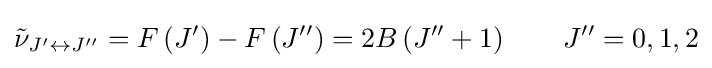
{\tilde {\nu }}_{J^{\prime }\leftrightarrow J^{\prime \prime }}=F\left(J^{\prime }\right)-F\left(J^{\prime \prime }\right)=2B\left(J^{\prime \prime }+1\right)\qquad J^{\prime \prime }=0,1,2